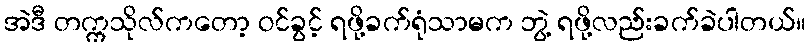
အဲဒီ တက္ကသိုလ်ကတော့ ဝင်ခွင့် ရဖို့ခက်ရုံသာမက ဘွဲ့ ရဖို့လည်းခက်ခဲပါတယ်။